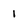
Character: I